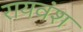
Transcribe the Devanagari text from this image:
रायवंश